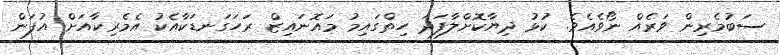
ސަބުމެރިން ވަރެއް ނޯވެއެވެ. ކުޅު ދިޔާކޮށްލާފަދަ ހިތްގައިމު މައޮނައިޒް ރަހަގަނޑަކާއެކު އެމެރިކާއަށް އުފަން